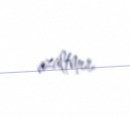
azaltmır.